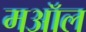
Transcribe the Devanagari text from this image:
मऑल